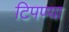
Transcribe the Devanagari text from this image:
टिपण्या